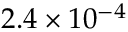
2 . 4 \times 1 0 ^ { - 4 }